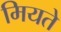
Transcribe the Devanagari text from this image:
मियते